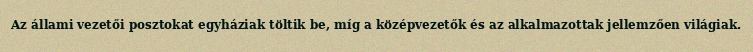
Az állami vezetői posztokat egyháziak töltik be, míg a középvezetők és az alkalmazottak jellemzően világiak.